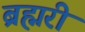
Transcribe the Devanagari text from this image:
ब्रह्मरी